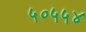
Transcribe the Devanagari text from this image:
५०५५४